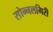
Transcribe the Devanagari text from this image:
सोन्नलगिरी